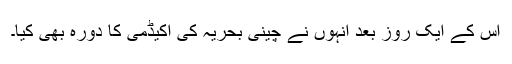
اس کے ایک روز بعد انہوں نے چینی بحریہ کی اکیڈمی کا دورہ بھی کیا۔